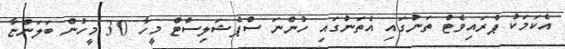
އެކަމަކު ޕްރައިވެޓް ތަނުގައި އެތަނުގައި ހުންނަ ސްޕެޝަލިސްޓް މީހާ 30 މީހުން ބަލަންޏާ